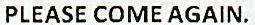
PLEASE COME AGAIN.